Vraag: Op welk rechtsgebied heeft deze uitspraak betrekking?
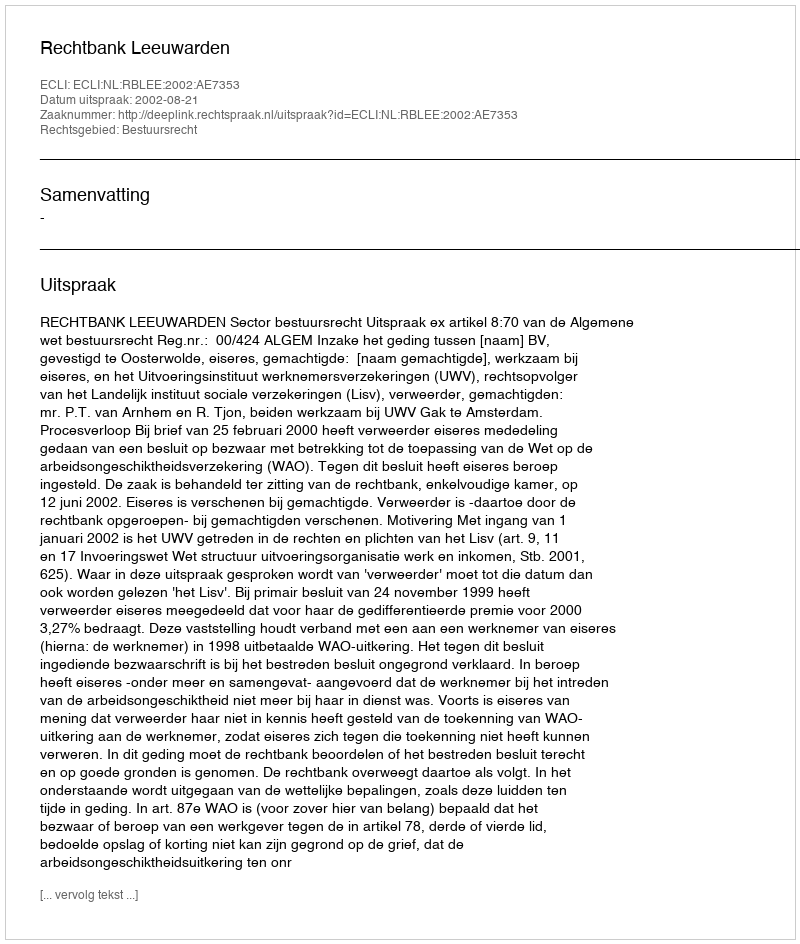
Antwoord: Bestuursrecht